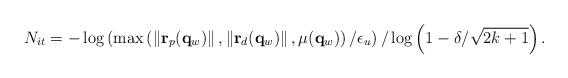
LaTeX: \begin{align*}N_{it}=-\log\left(\max\left(\left\| \mathbf{r}_p(\mathbf{q}_w) \right\|,\left\| \mathbf{r}_d(\mathbf{q}_w) \right\|,\mu(\mathbf{q}_w)\right)/\epsilon_u\right)/\log\left(1-\delta/\sqrt{2k+1}\right).\end{align*}